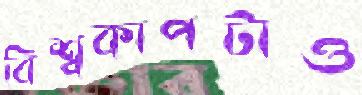
বিশ্বকাপটাও